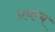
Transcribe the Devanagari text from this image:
प्रथम्म